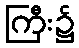
ကြီး၌